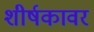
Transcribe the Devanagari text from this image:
शीर्षकावर